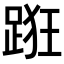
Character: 𨁨